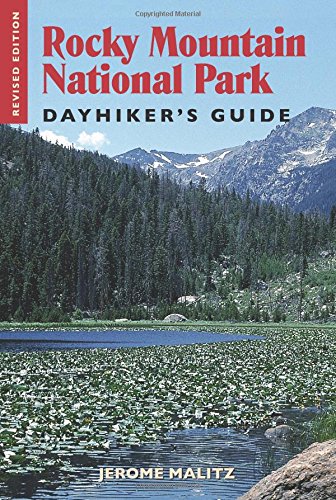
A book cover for Rocky Mountain National Park Dayhiker's Guide; Jerome Malitz; Travel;